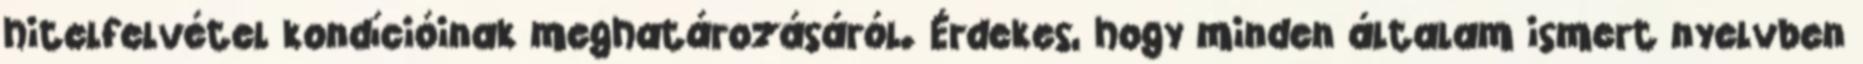
hitelfelvétel kondícióinak meghatározásáról. Érdekes, hogy minden általam ismert nyelvben